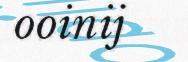
ooinij